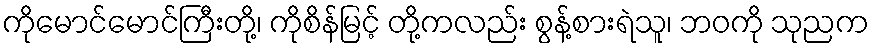
ကိုမောင်မောင်ကြီးတို့၊ ကိုစိန်မြင့် တို့ကလည်း စွန့်စားရဲသူ၊ ဘဝကို သုညက